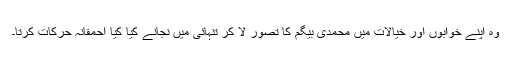
وہ اپنے خوابوں اور خیالات میں محمدی بیگم کا تصور لا کر تنہائی میں نجانے کیا کیا احمقانہ حرکات کرتا۔